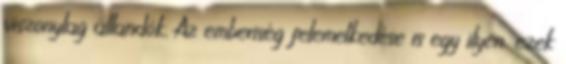
viszonylag állandók. Az emberiség felemelkedése is egy ilyen, ezek